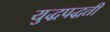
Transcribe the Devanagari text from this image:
युद्धपद्धती